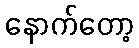
နောက်တော့